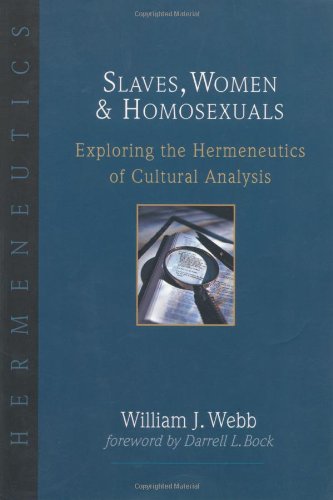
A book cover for Slaves, Women  Homosexuals: Exploring the Hermeneutics of Cultural Analysis; William J. Webb; Religion & Spirituality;